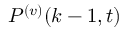
P ^ { ( v ) } ( k - 1 , t )